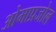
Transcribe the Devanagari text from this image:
ओमाप्रजोल